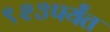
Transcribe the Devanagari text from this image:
९२३पर्यंत